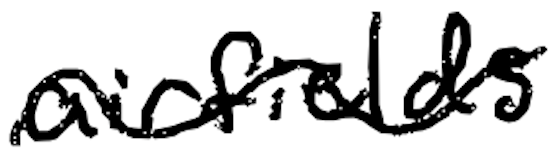
Text: airfields
Cross-out: mix
Writing tool: digital_black